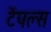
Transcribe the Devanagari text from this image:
टेंपल्स